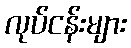
လုပ်ငန်းများ